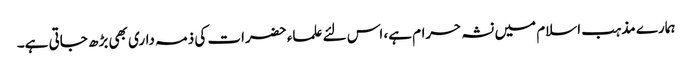
ہمارے مذہب اسلام میں نشہ حرام ہے، اس لئے علماء حضرات کی ذمہ داری بھی بڑھ جاتی ہے۔